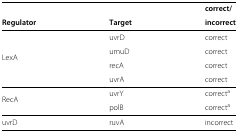
<table><thead><tr><td><b> </b></td><td><b> </b></td><td><b>correct/</b></td></tr><tr><td><b>Regulator</b></td><td><b>Target</b></td><td><b>incorrect</b></td></tr></thead><tbody><tr><td></td><td>uvrD</td><td>correct</td></tr><tr><td> </td><td>umuD</td><td>correct</td></tr><tr><td>LexA</td><td> </td><td> </td></tr><tr><td> </td><td>recA</td><td>correct</td></tr><tr><td> </td><td>uvrA</td><td>correct</td></tr><tr><td></td><td>uvrY</td><td>correct<sup>a</sup></td></tr><tr><td>RecA</td><td> </td><td> </td></tr><tr><td> </td><td>polB</td><td>correct<sup>a</sup></td></tr><tr><td>uvrD</td><td>ruvA</td><td>incorrect</td></tr></tbody></table>